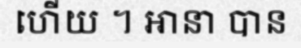
ហើយ ។ អានា បាន